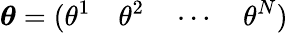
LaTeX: \boldsymbol{\theta}=(\theta^{1}\quad\theta^{2}\quad\cdots\quad\theta^{N})